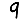
Digit: 9